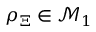
\rho _ { \Xi } \in \mathcal { M } _ { 1 }